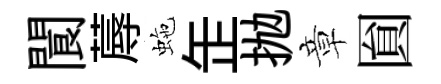
閬蓐虵𦈢抛章圎